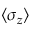
{ \langle \sigma _ { z } \rangle }